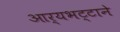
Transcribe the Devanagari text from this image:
आर्यभट्टाने